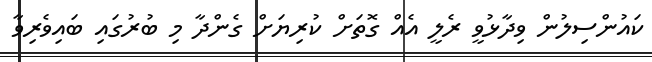
ކައުންސިލުން ވިދާޅުވީ ރެލީ އެއް ގޮތަށް ކުރިޔަށް ގެންދާ މި ބުރުގައި ބައިވެރިވާ